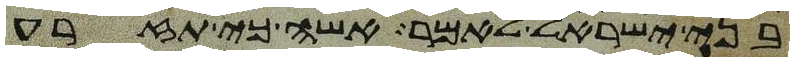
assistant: בני ישראל לאמר אשה כי תזרע